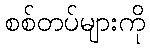
စစ်တပ်များကို